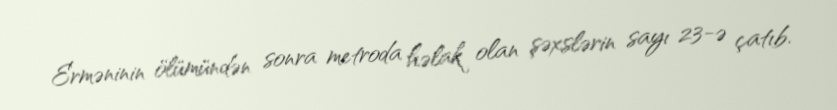
Erməninin ölümündən sonra metroda həlak olan şəxslərin sayı 23-ə çatıb.